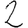
Digit: 2